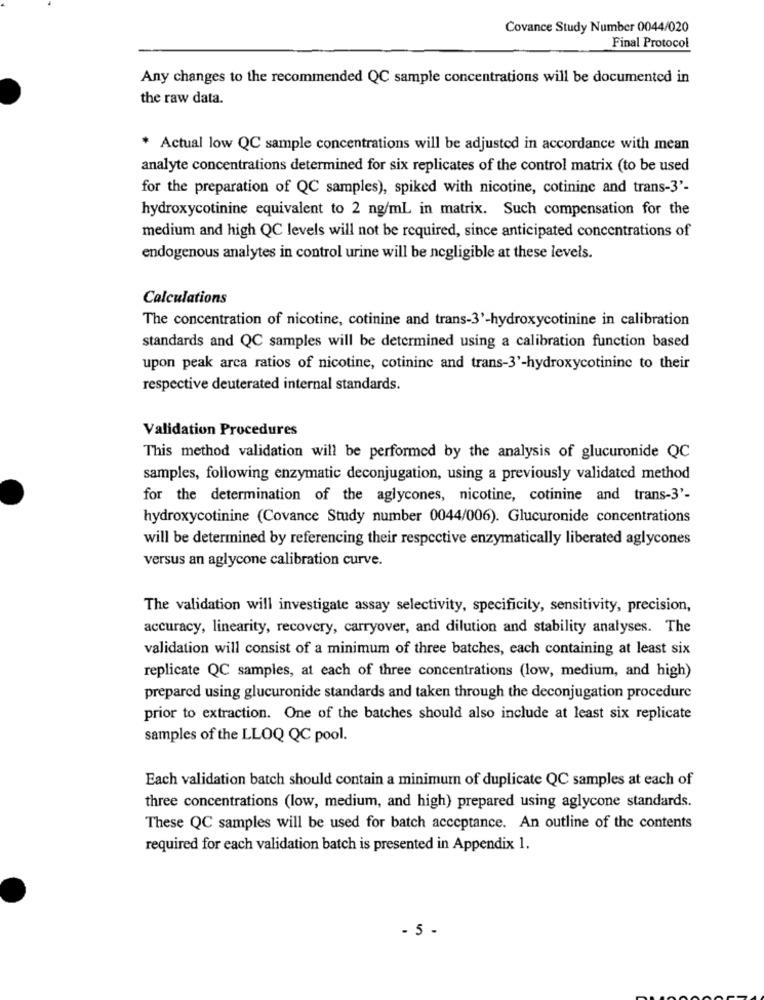
Covance Study Number 0044/020
Final Protocol
Any changes to the recommended QC sample concentrations will be documented in
the raw data.
* Actual low QC sample concentrations will be adjusted in accordance with mean
analyte concentrations determined for six replicates of the control matrix (to be used
for the preparation of QC samples), spiked with nicotine, cotinine and trans-3'-
hydroxycotinine equivalent to 2 ng/ml in matrix. Such compensation for the
medium and high QC levels will not be required, since anticipated concentrations of
endogenous analytes in control urine will be negligible at these levels.
Calculations
The concentration of nicotine, cotinine and trans-3'-hydroxycotinine in calibration
standards and QC samples will be determined using a calibration function based
upon peak arca ratios of nicotine, cotininc and trans-3'-hydroxycotinine to their
respective deuterated internal standards.
Validation Procedures
This method validation will be performed by the analysis of glucuronide QC
samples, following enzymatic deconjugation, using a previously validated method
for the determination of the aglycones, nicotine, cotinine and trans-3'-
hydroxycotinine (Covance Study number 0044/006). Glucuronide concentrations
will be determined by referencing their respective enzymatically liberated aglycones
versus an aglycone calibration curve.
The validation will investigate assay selectivity, specificity, sensitivity, precision,
accuracy, linearity, recovery, carryover, and dilution and stability analyses. The
validation will consist of a minimum of three batches, each containing at least six
replicate QC samples, at each of three concentrations (low, medium, and high)
prepared using glucuronide standards and taken through the deconjugation procedure
prior to extraction. One of the batches should also include at least six replicate
samples of the LLOQ QC pool.
Each validation batch should contain a minimum of duplicate QC samples at each of
three concentrations (low, medium, and high) prepared using aglycone standards.
These QC samples will be used for batch acceptance. An outline of the contents
required for each validation batch is presented in Appendix 1.
- 5-